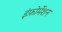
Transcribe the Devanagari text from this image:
इंफ़ोर्मेशन